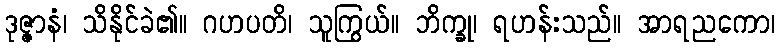
ဒုဇ္ဇာနံ၊ သိနိုင်ခဲ၏။ ဂဟပတိ၊ သူကြွယ်။ ဘိက္ခု၊ ရဟန်းသည်။ အာရညကော၊